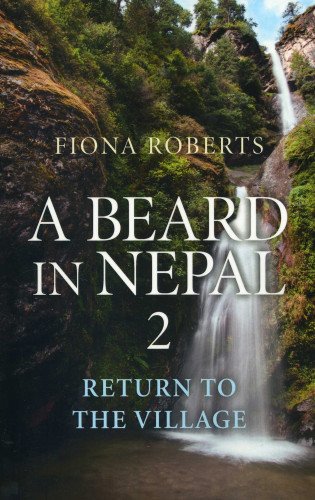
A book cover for A Beard In Nepal 2: Return to the Village; Fiona Roberts; Travel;